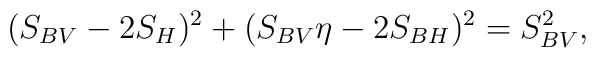
(S_{BV}-2 S_H)^2+ (S_{BV} \eta - 2 S_{BH})^2=S_{BV}^2,